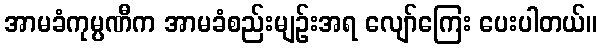
အာမခံကုမ္ပဏီက အာမခံစည်းမျဉ်းအရ လျော်ကြေး ပေးပါတယ်။